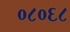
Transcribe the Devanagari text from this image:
०८०६८